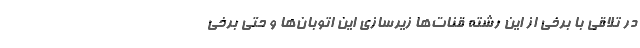
در تلاقی با برخی از این رشته قنات‌ها زیرسازی این اتوبان‌ها و حتی برخی